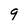
Character: 9